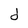
Character: d